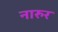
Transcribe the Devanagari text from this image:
नारुर